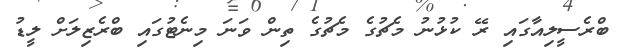
ބްރެސީލިއާގައި ރޭ ކުޅުނު މެޗުގެ މެޗުގެ ތިން ވަނަ މިނެޓުގައި ބްރެޒިލަށް ލީޑު